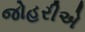
જોહરીએ